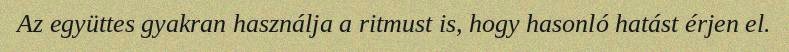
Az együttes gyakran használja a ritmust is, hogy hasonló hatást érjen el.